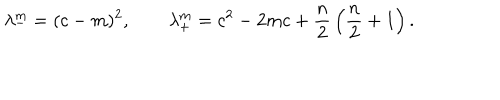
\lambda _ { - } ^ { m } = ( c - m ) ^ { 2 } , \qquad \lambda _ { + } ^ { m } = c ^ { 2 } - 2 m c + { \frac { n } { 2 } } \left( { \frac { n } { 2 } } + 1 \right) .